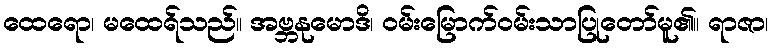
ထေရော၊ မထေရ်သည်။ အဗ္ဘနုမောဒိ၊ ဝမ်းမြောက်ဝမ်းသာပြုတော်မူ၏။ ရာဇာ၊